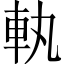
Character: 𮜿